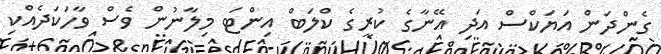
ގެންދަން އަޔަކްސް އަދި އޭނާގެ ކުރީގެ ކްލަބް އިންޓަ މިލާނުން ވެސް ވާހަކަދެއްކި